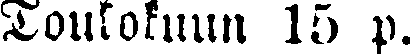
Toukokuun 15 p.